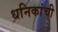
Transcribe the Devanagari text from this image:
धनिकांची